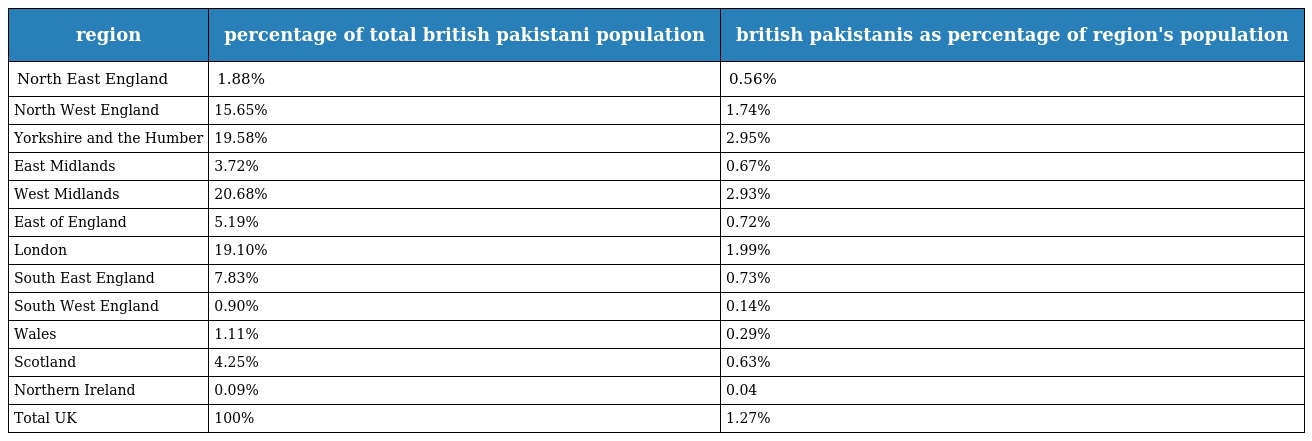
| region | percentage of total british pakistani population | british pakistanis as percentage of region's population |
 | --- | --- | --- |
 | North East England | 1.88% | 0.56% |
 | North West England | 15.65% | 1.74% |
 | Yorkshire and the Humber | 19.58% | 2.95% |
 | East Midlands | 3.72% | 0.67% |
 | West Midlands | 20.68% | 2.93% |
 | East of England | 5.19% | 0.72% |
 | London | 19.10% | 1.99% |
 | South East England | 7.83% | 0.73% |
 | South West England | 0.90% | 0.14% |
 | Wales | 1.11% | 0.29% |
 | Scotland | 4.25% | 0.63% |
 | Northern Ireland | 0.09% | 0.04 |
 | Total UK | 100% | 1.27% |